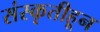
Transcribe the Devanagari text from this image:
संस्‍कृतीहून